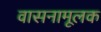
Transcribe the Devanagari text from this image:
वासनामूलक